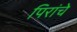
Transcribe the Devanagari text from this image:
पिरांचे